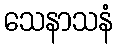
သေနာသနံ